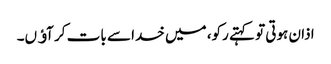
اذان ہوتی تو کہتے رکو، میں خدا سے بات کر آﺅں۔